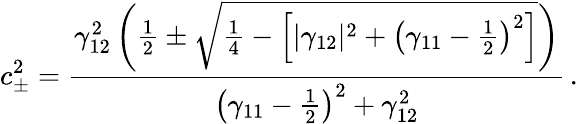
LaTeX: c_{\pm}^{2}=\frac{\gamma_{12}^{2}\left(\frac{1}{2}\pm\sqrt{\frac{1}{4}-\left[|\gamma_{12}|^{2}+\left(\gamma_{11}-\frac{1}{2}\right)^{2}\right]}\right)}{\left(\gamma_{11}-\frac{1}{2}\right)^{2}+\gamma_{12}^{2}}\, .